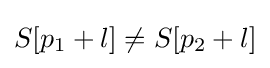
S[p_{1}+l]\neq S[p_{2}+l]